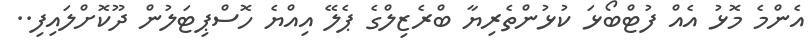
އެންމެ މޮޅު އެއް ފުޓްބޯޅަ ކުޅުންތެރިޔާ ބްރެޒިލްގެ ޕެލޭ އިއްޔެ ހޮސްޕިޓަލުން ދޫކޮށްލައިފި..